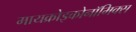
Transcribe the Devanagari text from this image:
मायक्रोइकोनॉमिक्स